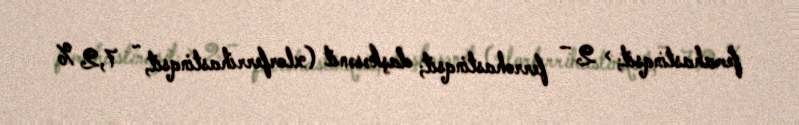
femahastinqsit; > 2 – ferrohastinqsit; daşkəsənit (xlorferrihastinqsit, ~ 7,2 %